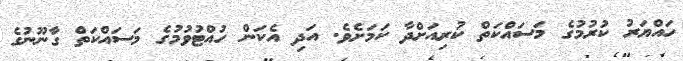
ހައްޔަރު ކުރުމުގެ މަސައްކަތް ކުރިއަށްދާ ކަމަށެވެ. އަދި އެކަން ހުއްޓުވުމުގެ މަސައްކަތް ގާނޫނުގެ